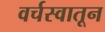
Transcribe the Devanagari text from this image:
वर्चस्वातून